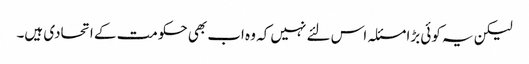
لیکن یہ کوئی بڑا مسئلہ اس لئے نہیں کہ وہ اب بھی حکومت کے اتحادی ہیں۔